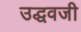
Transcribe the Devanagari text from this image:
उद्धवजी